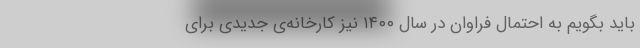
باید بگویم به احتمال فراوان در سال ۱۴۰۰ نیز کارخانه‌ی جدیدی برای